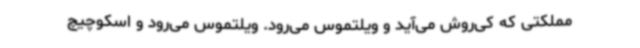
مملکتی که کی‌روش می‌آید و ویلتموس می‌رود. ویلتموس می‌رود و اسکوچیچ